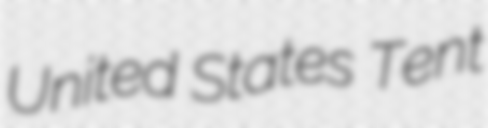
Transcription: United States Tent